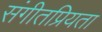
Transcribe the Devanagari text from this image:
संगीतप्रियता